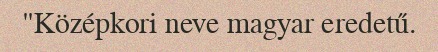
"Középkori neve magyar eredetű.